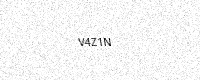
Text: V4Z1N